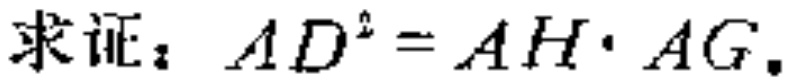
求证：\(AD^{2}=AH\cdot AG\)。